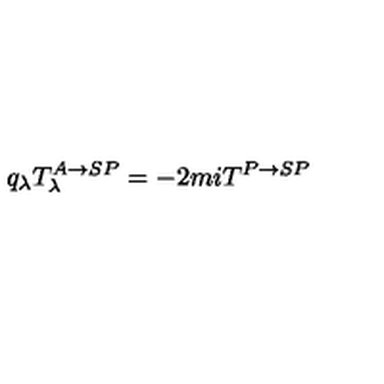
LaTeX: q _ { \lambda } T _ { \lambda } ^ { A \rightarrow S P } = - 2 m i T ^ { P \rightarrow S P }